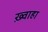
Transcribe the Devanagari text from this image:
ख़्वाहा